Report of the Indian Hemp Drugs Commission, 1894-1895 - Volume VI
Year: 1894
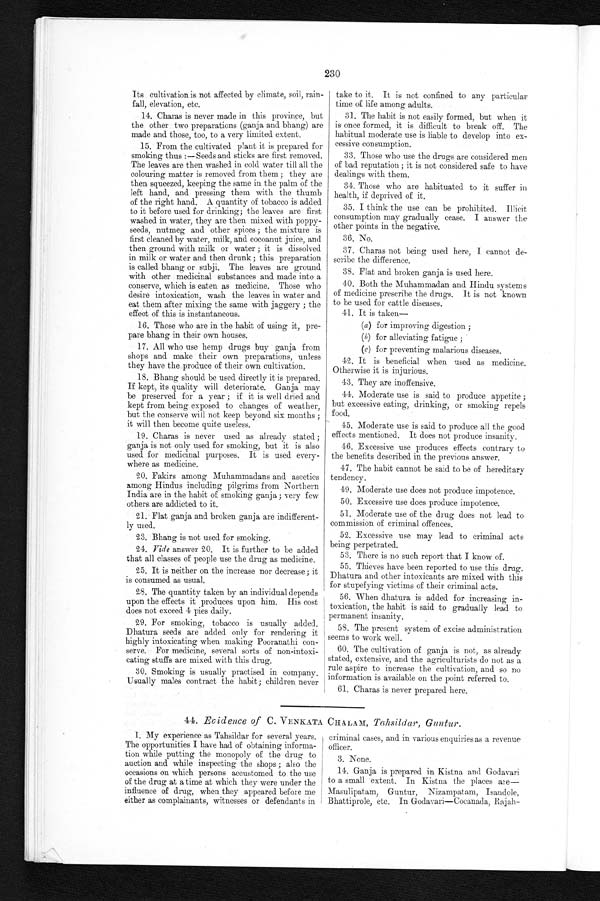
230
Its cultivation is not affected by climate, soil, rain-
fall, elevation, etc.
14. Charas is never made in this province, but
the other two preparations (ganja and bhang) are
made and those, too, to a very limited extent.
15. From the cultivated plant it is prepared for
smoking thus :— Seeds and sticks are first removed.
The leaves are then washed in cold. water till all the
colouring matter is removed from them ; they are
then squeezed, keeping the same in the palm of the
left hand, and pressing them with the thumb
of the right hand. A quantity of tobacco is added
to it before used for drinking; the leaves are first
washed in water, they are then mixed with poppy-
seeds, nutmeg and other spices ; the mixture is
first cleaned by water, milk, and cocoanut juice, and
then ground with milk or water ; it is dissolved
in milk or water and then drunk; this preparation
is called bhang or subji. The leaves are ground
with other medicinal substances and made into a
conserve, which is eaten as medicine. Those who
desire intoxication, wash the leaves in water and
eat them after mixing the same with jaggery ; the
effect of this is instantaneous.
16. Those who are in the habit of using it, pre-
pare bhang in their own houses.
17. All who use hemp drugs buy ganja from
shops and make their own preparations, unless
they have the produce of their own cultivation.
18. Bhang should be used directly it is prepared.
If kept, its quality will deteriorate. Ganja may
be preserved for a year ; if it is well dried and
kept from being exposed to changes of weather,
but the conserve will not keep beyond six months ;
it will then become quite useless.
19. Charas is never used as already stated ;
ganja is not only used for smoking, but it is also
used for medicinal purposes. It is used every-
where as medicine.
20. Fakirs among Muhammadans and ascetics
among Hindus including pilgrims from Northern
India are in the habit of smoking ganja ; very few
others are addicted to it.
21. Flat ganja and broken ganja are indifferent-
ly used.
23. Bhang is not used for smoking.
24. vide answer 20. It is further to be added
that all classes of people use the drug as medicine.
25. It is neither on the increase nor decrease; it
is consumed as usual.
28. The quantity taken by an individual depends
upon the effects it produces upon him. His cost
does not exceed 4 pies daily.
29. For smoking, tobacco is usually added.
Dhatura seeds are added only for rendering it
highly intoxicating when making Pooranathi con-
serve. For medicine, several sorts of non-intoxi-
cating stuffs are mixed with this drug.
30. Smoking is usually practised in company.
Usually males contract the habit; children never
take to it. It is not confined to any particular
time of life among adults.
31. The habit is not easily formed, but when it
is once formed., it is difficult to break off. The
habitual moderate use is liable to develop into ex-
cessive consumption.
33. Those who use the drugs are considered men
of bad reputation ; it is not considered safe to have
dealings with them.
34. Those who are habituated to it suffer in
health, if deprived of it.
35. I think the use can be prohibited. Illicit
consumption may gradually cease. I answer the
other points in the negative.
36. No.
37. Charas not being used here, I cannot de-
scribe the difference.
38. Flat and broken ganja is used here.
40. Both the Muhammadan and Hindu systems
of medicine prescribe the drugs. It is not known
to be used. for cattle diseases.
41. It is taken
—
(a) for improving digestion ;
(b) for alleviating fatigue ;
(c) for preventing malarious diseases.
42. It is beneficial when used as medicine.
Otherwise it is injurious.
43. They are inoffensive.
44. Moderate use is said to produce appetite ;
but excessive eating, drinking, or smoking repels
food.
45. Moderate use is said to produce all the good
effects mentioned. It does not produce insanity.
46. Excessive use produces effects contrary to
the benefits described in the previous answer.
47. The habit cannot be said to be of hereditary
tendency.
49. Moderate use does not produce impotence.
50. Excessive use does produce impotence.
51. Moderate use of the drug does not lead to
commission of criminal offences.
52. Excessive use may lead to criminal acts
being perpetrated.
53. There is no such report that I know of.
55. Thieves have been reported to use this drug.
Dhatura and other intoxicants are mixed with this
for stupefying victims of their criminal acts.
56. When dhatura is added for increasing in-
toxication, the habit is said to gradually lead to
permanent insanity.
58. The present system of excise administration
seems to work well.
60. The cultivation of ganja is not, as already
stated, extensive, and the agriculturists do not as a
rule aspire to increase the cultivation, and so no
information is available on the point referred to.
61. Charas is never prepared here.
44. Evidence of C. VENKATA CHALAM, Tahsildar, Guntur.
1. My experience as Tahsildar for several years.
The opportunities I have had of obtaining informa-
tion while putting the monopoly of the drug to
auction and while inspecting the shops ; also the
occasions on which persons accustomed to the use
of the drug at a time at which they were under the
influence of drug, when they appeared before me
either as complainants, witnesses or defendants in
criminal cases, and in various enquiries as a revenue
officer.
3. None.
14. Ganja is prepared in Kistna and. Godavari
to a small extent. In Kistna the places are-
Masulipatam, Guntur, Nizampatam, Isandole,
Bhattiprole, etc. In Godavari-Cocanada, Rajah-